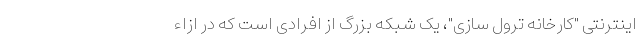
اینترنتی "کارخانه ترول سازی"، یک شبکه بزرگ از افرادی است که در ازاءِ